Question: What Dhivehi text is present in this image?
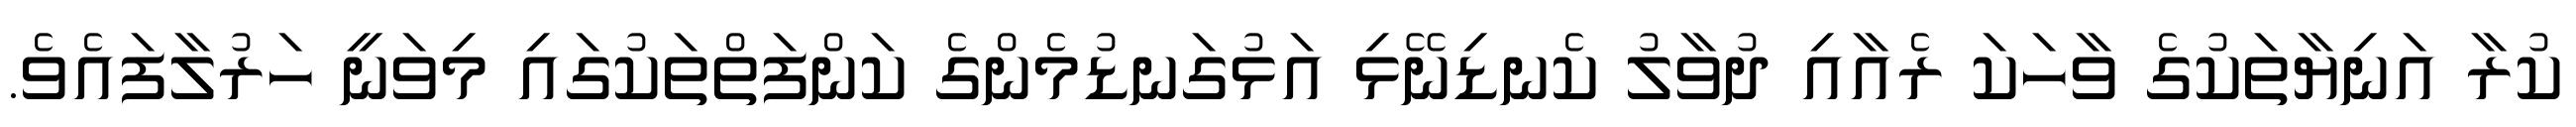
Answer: ކުރާ އަނިޔާތަކުގެ ވާހަކަ ރެއާއި ދުވާލު ކެނޑިނޭޅި އަޅުގަނޑުމެންގެ ކަންފަތްތަކުގައި މިވަނީ ހަރުލާފައެވެ.